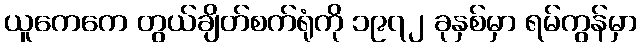
ယူကေကေ တွယ်ချိတ်စက်ရုံကို ၁၉၇၂ ခုနှစ်မှာ ရမ်ကွန်မှာ